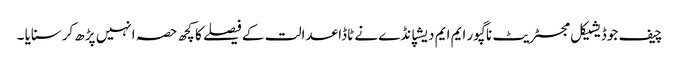
چیف جوڈیشیکل مجسٹریٹ ناگپور ایم ایم دیشپانڈے نے ٹاڈا عدالت کے فیصلے کا کچھ حصہ انہیں پڑھ کرسنایا ۔